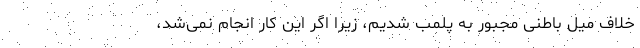
خلاف میل باطنی مجبور به پلمب شدیم، زیرا اگر این کار انجام نمی‌شد،